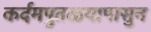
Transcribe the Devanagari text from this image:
कर्दमपुतळ्यापासुन